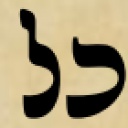
כל